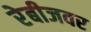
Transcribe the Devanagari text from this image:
रेबीजवर